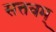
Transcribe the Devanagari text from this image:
सत्तवम्‌